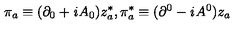
\pi _ { a } \equiv ( \partial _ { 0 } + { \it i } A _ { 0 } ) z _ { a } ^ { * } , \pi _ { a } ^ { * } \equiv ( \partial ^ { 0 } - { \it i } A ^ { 0 } ) z _ { a }